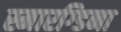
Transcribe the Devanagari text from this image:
स्मारग्डिना